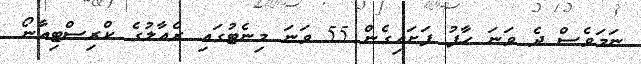
ނަމަވެސް ދެ ވަނަ ހާފު ފަށައިގެން 55 ވަނަ މިނެޓުގައި ރެއާލުގެ ކްރިސްޓިއާނޯ